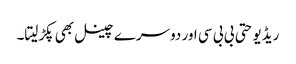
ریڈیو حتی بی بی سی اور دوسرے چینل بھی پکڑلیتا۔